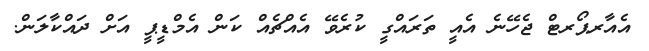
އެއާރޕޯރޓް ޖެހޭނެ އެއީ ތަރައްގީ ކުރެވޭ އެއްޗެއް ކަން އެމްޑީޕީ އަށް ދައްކާލަން.